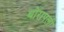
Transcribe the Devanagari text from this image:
थोरापली